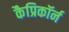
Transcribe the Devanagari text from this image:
कैप्रिकॉर्न